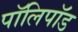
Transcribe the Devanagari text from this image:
पॉलिपॉड